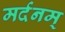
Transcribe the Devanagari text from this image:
मर्दनम्